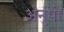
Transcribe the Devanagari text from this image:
अनुंपी